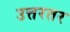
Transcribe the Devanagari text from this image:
उत्तरतर